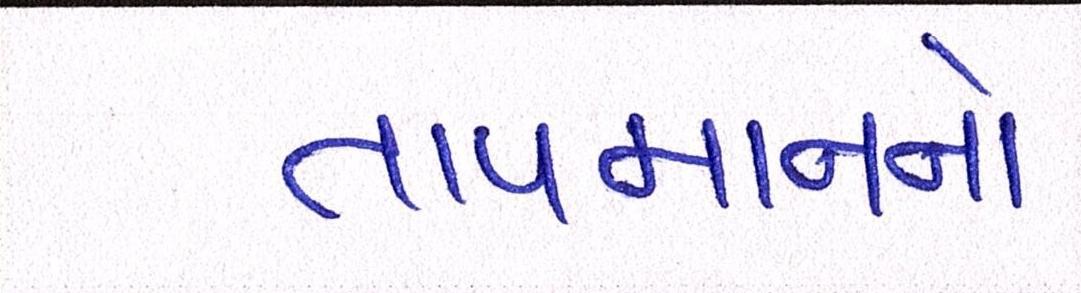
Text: તાપમાનનો